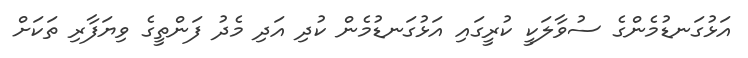
އަޅުގަނޑުމެންގެ ސުވާލަކީ ކުރީގައި އަޅުގަނޑުމެން ކުދި އަދި މެދު ފަންތީގެ ވިޔަފާރި ތަކަށް